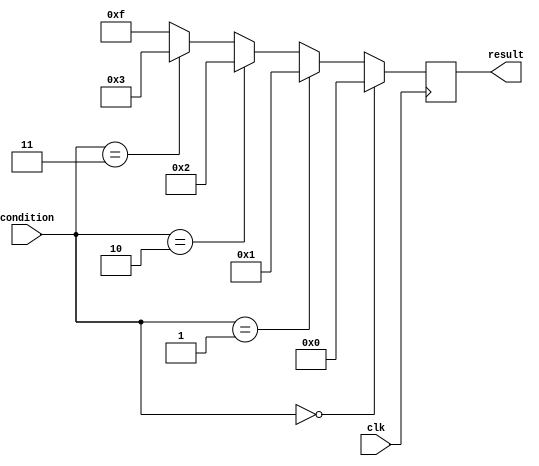
module if_else_ladder (
    input wire clk,
    input wire [2:0] condition,
    output reg [3:0] result
);

always @(posedge clk) begin
    if (condition == 3'b000) begin
        result <= 4'b0000;
    end
    else if (condition == 3'b001) begin
        result <= 4'b0001;
    end
    else if (condition == 3'b010) begin
        result <= 4'b0010;
    end
    else if (condition == 3'b011) begin
        result <= 4'b0011;
    end
    else begin
        result <= 4'b1111;
    end
end

endmodule